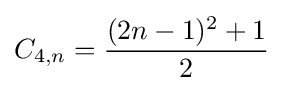
C_{4,n}={\frac {(2n-1)^{2}+1}{2}}